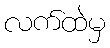
လက်ထဲမှ